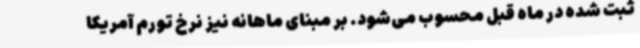
ثبت شده در ماه قبل محسوب می‌شود. بر مبنای ماهانه نیز نرخ تورم آمریکا